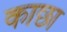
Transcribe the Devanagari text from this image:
काछा